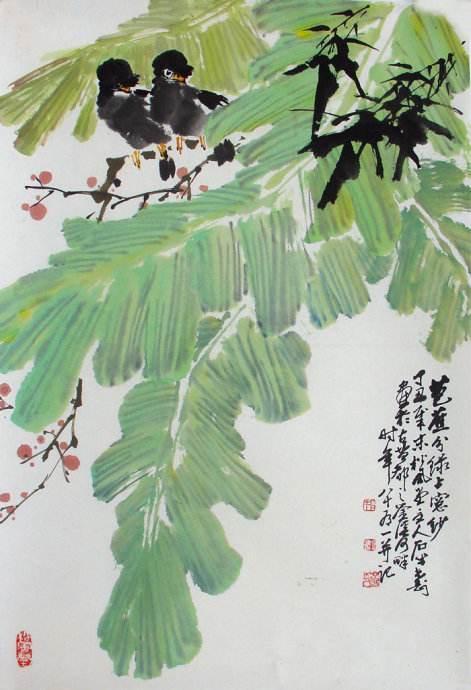
梧桐树，三更雨，不道离情正苦。